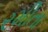
રમીતા